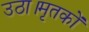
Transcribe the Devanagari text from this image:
उठा।मृतकों